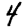
Digit: 4